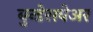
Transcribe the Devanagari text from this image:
बुन्डेसवेअर